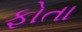
ફોતા